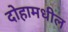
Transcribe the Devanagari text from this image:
दोहामधील